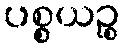
ပစ္စယဉ္စ